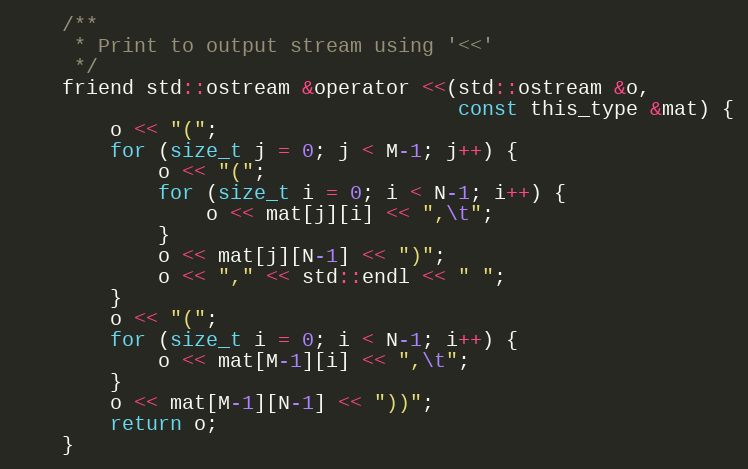
Language: C
	/**
	 * Print to output stream using '<<'
	 */
	friend std::ostream &operator <<(std::ostream &o,
	                                 const this_type &mat) {
		o << "(";
		for (size_t j = 0; j < M-1; j++) {
			o << "(";
			for (size_t i = 0; i < N-1; i++) {
				o << mat[j][i] << ",\t";
			}
			o << mat[j][N-1] << ")";
			o << "," << std::endl << " ";
		}
		o << "(";
		for (size_t i = 0; i < N-1; i++) {
			o << mat[M-1][i] << ",\t";
		}
		o << mat[M-1][N-1] << "))";
		return o;
	}